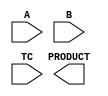
module DW02_mult(A,B,TC,PRODUCT);
parameter	A_width = 8;
parameter	B_width = 8;
   
input	[A_width-1:0]	A;
input	[B_width-1:0]	B;
input			TC;
output	[A_width+B_width-1:0]	PRODUCT;

wire	[A_width+B_width-1:0]	PRODUCT;

wire	[A_width-1:0]	temp_a;
wire	[B_width-1:0]	temp_b;
wire	[A_width+B_width-2:0]	long_temp1,long_temp2;

  // synopsys translate_off 
  //-------------------------------------------------------------------------
  // Parameter legality check
  //-------------------------------------------------------------------------

  
  initial begin : parameter_check
    integer param_err_flg;

    param_err_flg = 0;
    
    
    if (A_width < 1) begin
      param_err_flg = 1;
      $display(
	"ERROR: %m :\\\\\\\\\\\\\\\\\\\\\\\\\\\\\\\\n  Invalid value (%d) for parameter A_width (lower bound: 1)",
	A_width );
    end
    
    if (B_width < 1) begin
      param_err_flg = 1;
      $display(
	"ERROR: %m :\\\\\\\\\\\\\\\\\\\\\\\\\\\\\\\\n  Invalid value (%d) for parameter B_width (lower bound: 1)",
	B_width );
    end 
  
    if ( param_err_flg == 1) begin
      $display(
        "%m :\\\\\\\\\\\\\\\\\\\\\\\\\\\\\\\\n  Simulation aborted due to invalid parameter value(s)");
      $finish;
    end

  end // parameter_check
     
assign	temp_a = (A[A_width-1])? (~A + 1'b1) : A;
assign	temp_b = (B[B_width-1])? (~B + 1'b1) : B;

assign	long_temp1 = temp_a * temp_b;
assign	long_temp2 = ~(long_temp1 - 1'b1);

assign	PRODUCT = ((^(A ^ A) !== 1'b0) || (^(B ^ B) !== 1'b0) || (^(TC ^ TC) !== 1'b0) ) ? {A_width+B_width{1'bX}} :
		  (TC)? (((A[A_width-1] ^ B[B_width-1]) && (|long_temp1))?
			 {1'b1,long_temp2} : {1'b0,long_temp1})
		     : A * B;
   // synopsys translate_on
endmodule